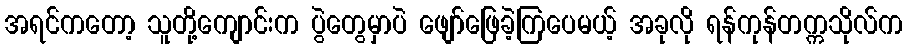
အရင်ကတော့ သူတို့ကျောင်းက ပွဲတွေမှာပဲ ဖျော်ဖြေခဲ့ကြပေမယ့် အခုလို ရန်ကုန်တက္ကသိုလ်က